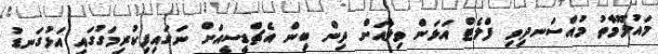
މައުލޫމާތު މުއްސަނދިވި ފްލެޓް އަޅަން ވިލާއަށް ދިން ބިން އެޗްޑީސީއަށް ނަގައިފިކުރިމަގުގައި އަޅުގަނޑު